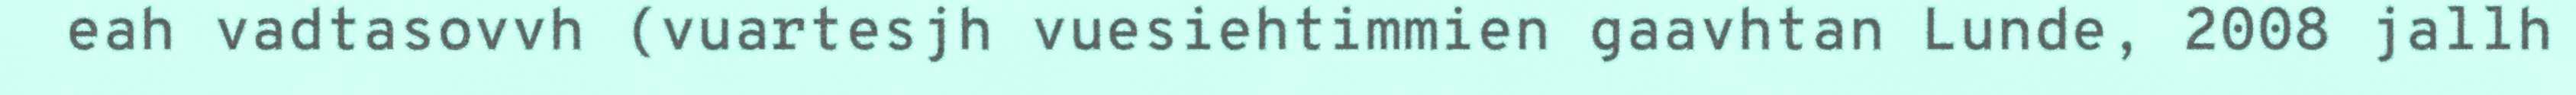
eah vadtasovvh (vuartesjh vuesiehtimmien gaavhtan Lunde, 2008 jallh